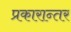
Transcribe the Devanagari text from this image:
प्रकारान्‍तर